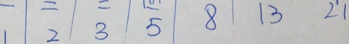
1 2 3 5 8 1 3 2 1